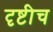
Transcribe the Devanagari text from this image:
दृष्टीच